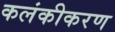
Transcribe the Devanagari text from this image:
कलंकीकरण